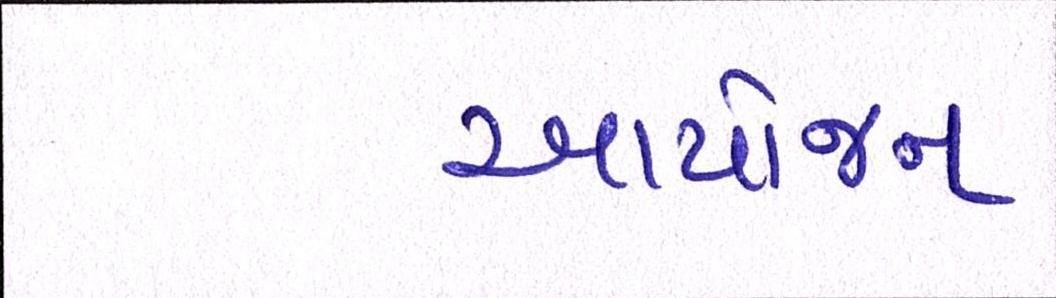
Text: આયોજન